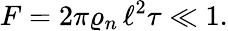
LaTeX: F=2\pi\varrho_{n}\, \ell^{2}\tau\ll 1.